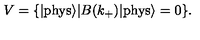
V = \{ | \mathrm { p h y s } { \rangle } | B ( k _ { + } ) | \mathrm { p h y s } { \rangle } = 0 \} .